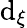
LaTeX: \mathrm{d}_{\xi}